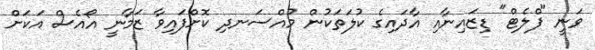
ވަނީ "ފްލެޓް" ޑިޒައިނާއި އާދައިގެ ކުލަތަކުން މުއްސަނދި ކޮށްފައިވާ ޒަމާނީ އޯއެސް އަކަށް